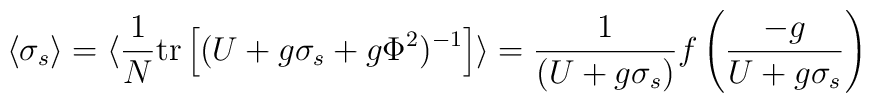
\langle\sigma_s\rangle=\langle{1 \over N} \makebox{tr}\left[(U+g \sigma_s +g \Phi^2)^{-1}\right]\rangle={1 \over (U+g \sigma_s) } f\left({-g \over U+g \sigma_s}\right)